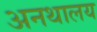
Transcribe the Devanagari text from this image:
अनथालय